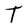
Character: T